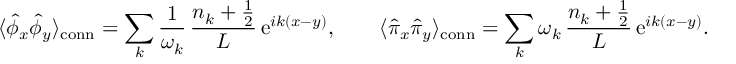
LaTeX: \langle \hat { \phi } _ { x } \hat { \phi } _ { y } \rangle _ { \mathrm { c o n n } } = \sum _ { k } \frac { 1 } { \omega _ { k } } \, \frac { n _ { k } + \frac { 1 } { 2 } } { L } \, \mathrm { e } ^ { i k ( x - y ) } , \qquad \langle \hat { \pi } _ { x } \hat { \pi } _ { y } \rangle _ { \mathrm { c o n n } } = \sum _ { k } \omega _ { k } \, \frac { n _ { k } + \frac { 1 } { 2 } } { L } \, \mathrm { e } ^ { i k ( x - y ) } .